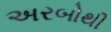
અરબોથી